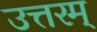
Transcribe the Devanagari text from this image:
उत्तरम्